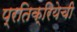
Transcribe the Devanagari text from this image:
प्रतिक्रियेची